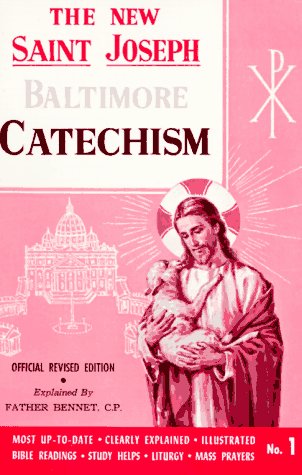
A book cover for Saint Joseph Baltimore Catechism (No. 1) (St. Joseph Catecisms); Bennet Kelley; Christian Books & Bibles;